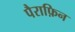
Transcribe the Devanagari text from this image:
पैराफ़िन